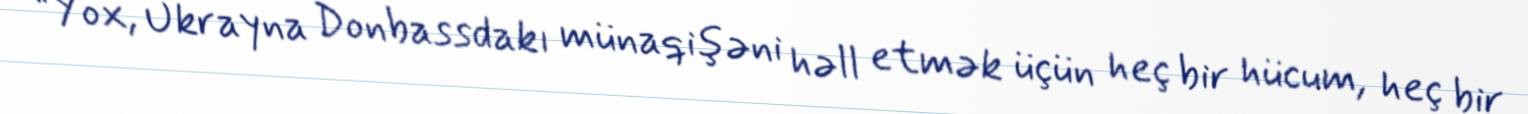
“Yox, Ukrayna Donbassdakı münaqişəni həll etmək üçün heç bir hücum, heç bir